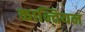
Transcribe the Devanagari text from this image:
कान्तियन